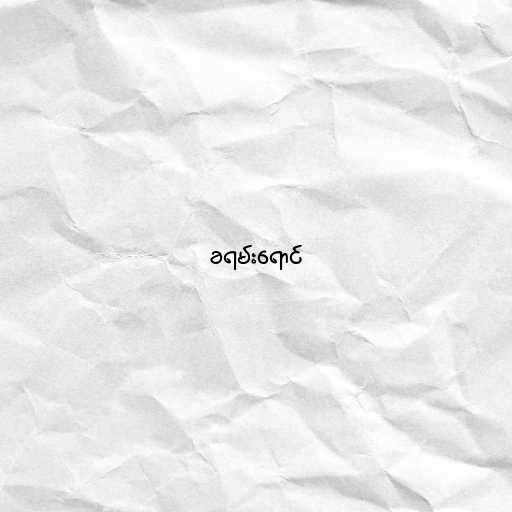
ခရမ်းရောင်